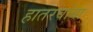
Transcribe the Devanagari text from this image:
हातरवांबा